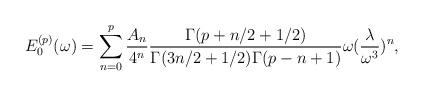
LaTeX: \begin{align*}E_{0}^{(p)}(\omega)=\sum_{n=0}^{p}{A_{n}\over4^n}{\Gamma(p+n/2+1/2)\over\Gamma(3n/2+1/2)\Gamma(p-n+1)}\omega({\lambda\over\omega^3})^n,\end{align*}